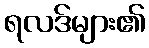
ရလဒ်များ၏